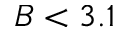
B < 3 . 1